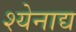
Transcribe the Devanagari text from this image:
श्येनाद्य